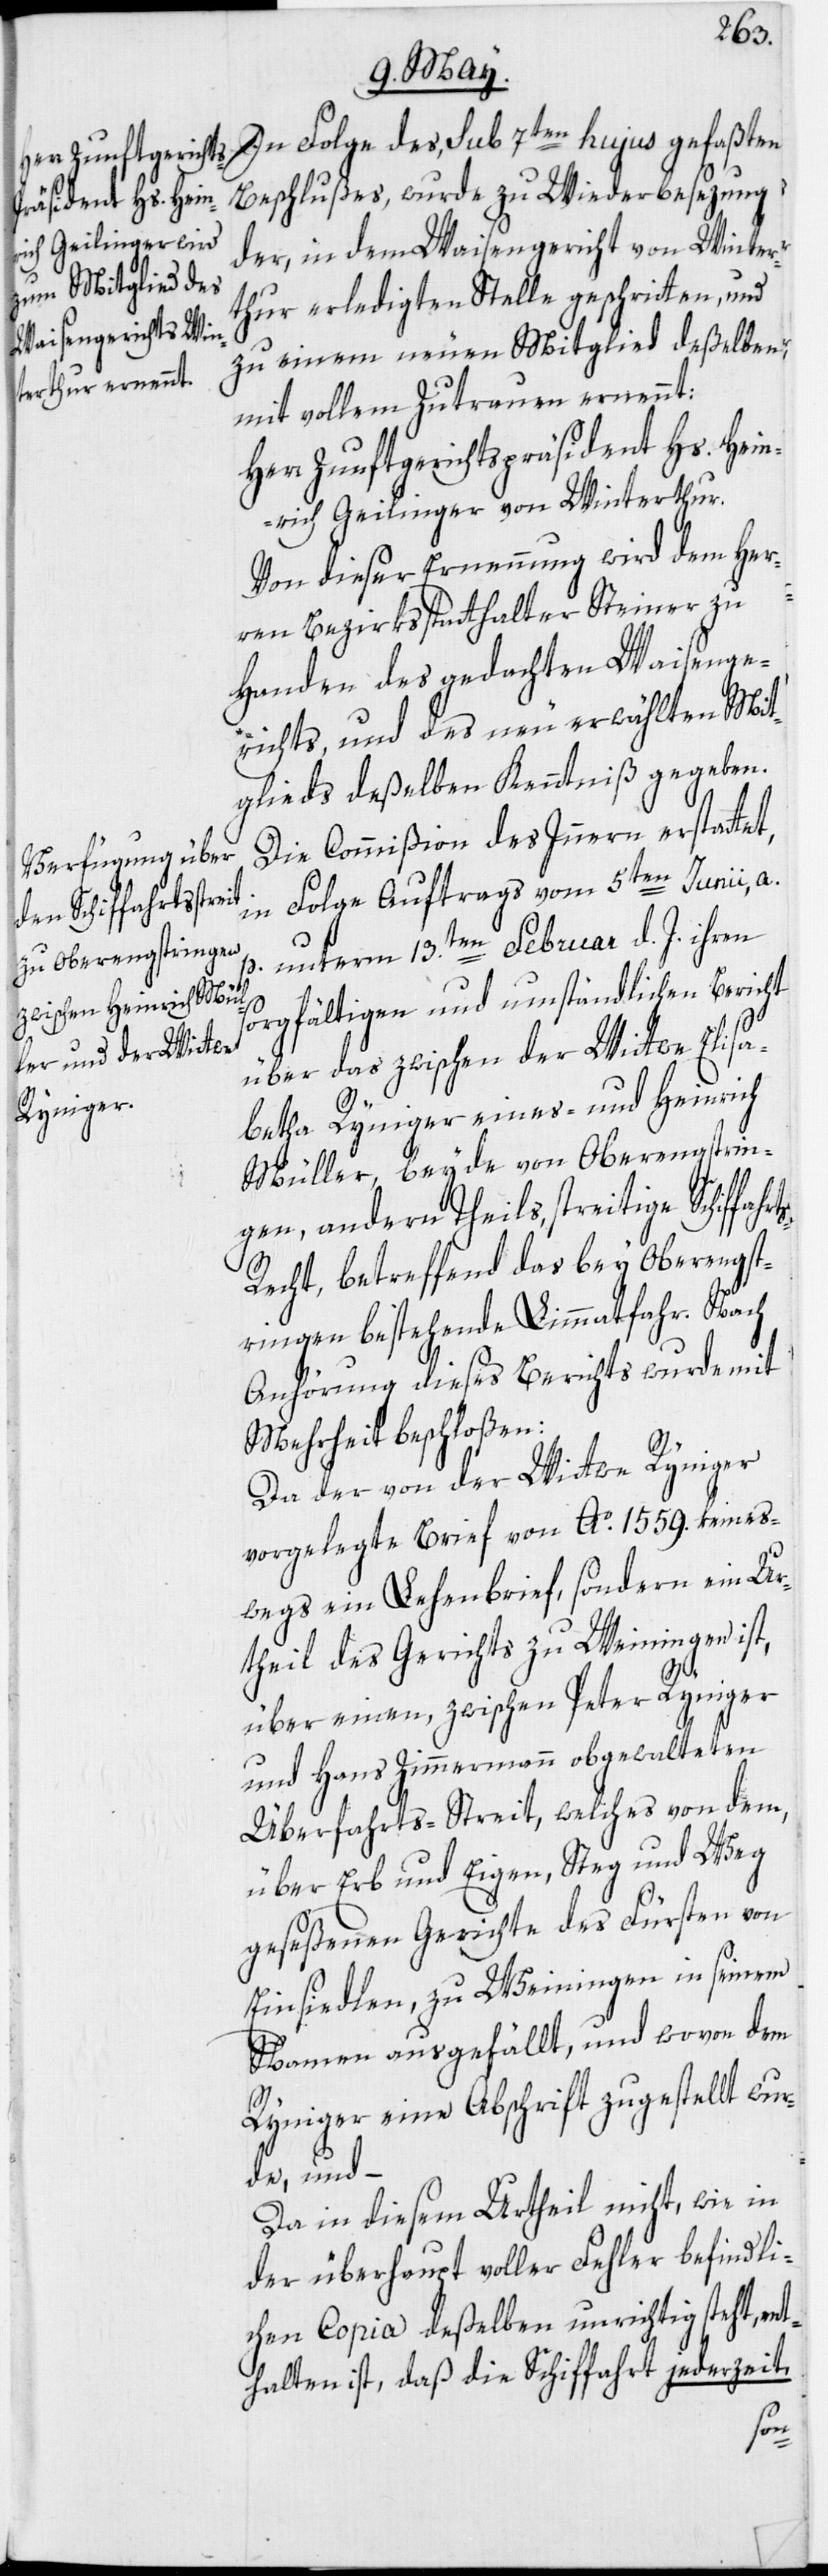
iffahrts-R¬

In Folge des, sub 7ten hujus gefaßt
Beschlußes, wurde zu Wiederbesezung
der, in dem Waisengericht von Winter¬
thur erledigten Stelle geschritten, und
zu einem neuen Mitglied deßelben,
mit vollem Zutrauen ernennt:
Herr Zunftgerichtspräsident Hs. Hein¬
rich Geilinger von Winterthur.
Von dieser Ernennung wird dem Her¬
ren Bezirksstatthalter Steiner zu
Handen des gedachten Waisenge¬
richts, und des neu erwählten Mit¬
glieds deßelben Kenntniß gegeben.
Die Commißion des Innern erstattet,
in Folge Auftrags vom 5ten Junii, a.
unterm 13.ten Februar d. J. ihren
sorgfältigen und umständlichen Bericht
über das zwischen der Wittwe Elisa¬
betha Ryniger eines- und Heinrich
Müller, beyde von Oberengstrin¬
gen, andern Theils, streitige Sch¬
echt, betreffend das bey Oberengst¬
ringen bestehende Limmatfahr. Nach
Anhörung dieses Berichts wurde mit
Mehrheit beschloßen:
Da der von der Wittwe Ryniger
vorgelegte Brief von Ao. 1559. keines¬
wegs ein Lehenbrief, sondern ein Ur¬
theil des Gerichts zu Weiningen ist,
über einen, zwischen Peter Ryniger
und Hans Zimmermann obgewalteten
Überfahrts-Streit, welches von dem,
über Erb und Eigen, Steg und Weg
geseßenen Gerichte des Fürsten von
Einsiedlen, zu Weiningen in seinem
Namen ausgefällt, und wovon dem
Ryniger eine Abschrift zugestellt wur¬
de, und –
Da in diesem Urtheil nicht, wie in
der überhaupt voller Fehler befindli¬
chen Copia deßelben unrichtig steht, ent¬
halten ist, daß die Schiffahrt jederzeit,